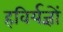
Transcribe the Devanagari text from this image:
हविर्यज्ञों